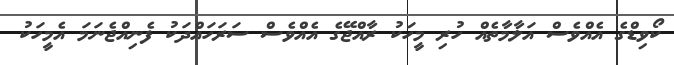
ކޯވިޑްގެ އެއްވެސް އަލާމާތެއް ހުރި މީހަކު ރާއްޖޭގެ އެއްވެސް ސަރަހައްދަކު ފެނިއްޖެނަމަ އެމީހަކު